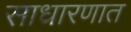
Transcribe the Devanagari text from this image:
साधारणात